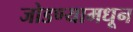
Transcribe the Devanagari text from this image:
जोडण्यामधून